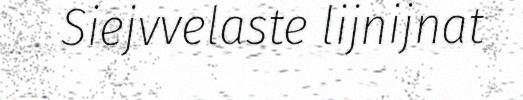
Siejvvelaste lijnijnat